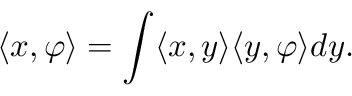
\langle x , \varphi \rangle = \int \langle x , y \rangle \langle y , \varphi \rangle d y .